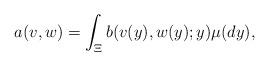
LaTeX: \begin{align*}a(v,w) = \int_{\Xi} b(v(y),w(y);y) \mu(dy), \end{align*}